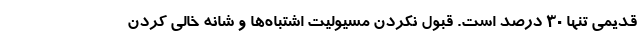
قدیمی تنها ۳۰ درصد است. قبول نکردن مسيولیت اشتباه‌ها و شانه خالی کردن